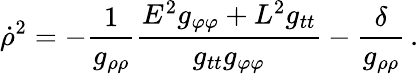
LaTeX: \dot{\rho}^{2}=-\frac{1}{g_{\rho\rho}}\frac{E^{2}g_{\varphi\varphi}+L^{2}g_{tt}}{g_{tt}g_{\varphi\varphi}}-\frac{\delta}{g_{\rho\rho}}\, .